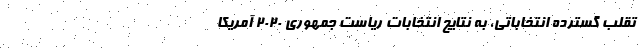
تقلب گسترده انتخاباتی، به نتایج انتخابات ریاست جمهوری 2020 آمریکا